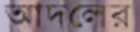
আদলের